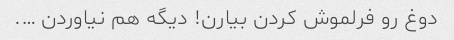
دوغ رو فرلموش کردن بیارن! دیگه هم نیاوردن ….